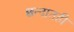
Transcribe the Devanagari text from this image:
छन्दातही